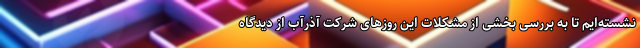
نشسته‌ایم تا به بررسی بخشی از مشکلات این روزهای شرکت آذرآب از دیدگاه